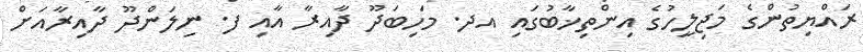
ރައްޔިތުންގެ މަޖިލީހުގެ އިންތިޚާބުގައި އދ. މަހިބަދޫ ދާއިރާ އާއި ފ. ނިލަންދޫ ދާއިރާއަށް